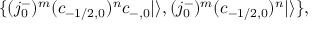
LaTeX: \{ ( j _ { 0 } ^ { - } ) ^ { m } ( c _ { - 1 / 2 , 0 } ) ^ { n } c _ { - , 0 } | \rangle , ( j _ { 0 } ^ { - } ) ^ { m } ( c _ { - 1 / 2 , 0 } ) ^ { n } | \rangle \} ,